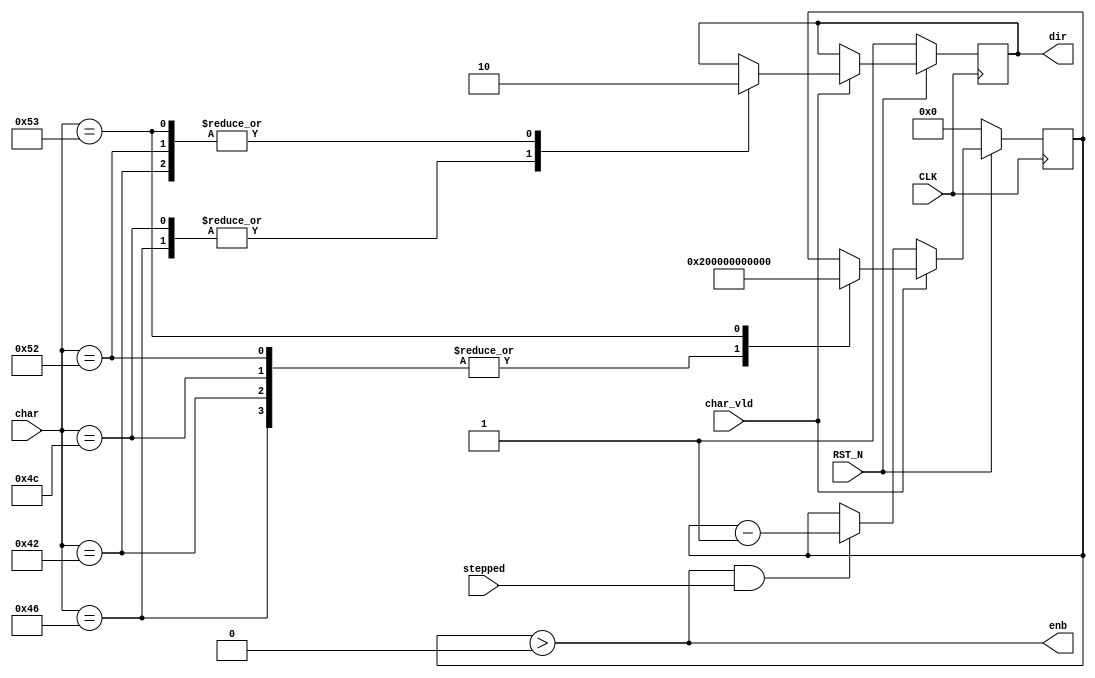
`timescale 1ns / 1ps
//////////////////////////////////////////////////////////////////////////////////
// 
// Design Name: PMOD demo
// Module Name: StepMotorInterface
// Project Name: PMOD
// Target Devices: Zedboard (Zynq 7020)
// Tool Versions: Vivado 2016.1
// 
// Revision:
// Revision 0.01 - File Created
// Additional Comments:
// Licensed under MIT license - refer to LICENSE file.
// 
//////////////////////////////////////////////////////////////////////////////////


module StepMotorInterface #(
    parameter STEPS_PER_REVOLUTION = 64 * 2 * 64,
    parameter [0:0] SIDE  = 1'b1
    ) (
    input CLK,
    input RST_N,
    input char_vld,
    input [7:0] char,
    output enb,
    output reg dir,
    input stepped
    );
    
    reg [31:0] count;
    
    assign enb = count > 0;
    
    always @(posedge CLK) begin
        if (!RST_N) begin
            count <= 0;
            dir <= 1;
        end
        else begin
            if (char_vld) begin
                case (char)
                    "F": begin 
                        dir <= SIDE ? 1 : 0;
                        count <= STEPS_PER_REVOLUTION;
                    end
                    "B": begin 
                        dir <= SIDE ? 0 : 1;
                        count <= STEPS_PER_REVOLUTION;
                    end
                    "L": begin 
                        dir <= 1;
                        count <= STEPS_PER_REVOLUTION;
                    end
                    "R": begin 
                        dir <= 0;
                        count <= STEPS_PER_REVOLUTION;
                    end
                    "S": begin 
                        dir <= 0;
                        count <= 0;
                    end
                endcase
            end
            else if (count > 0 && stepped) begin
                count <= count - 1;
            end
        end
    end

endmodule